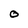
Character: O